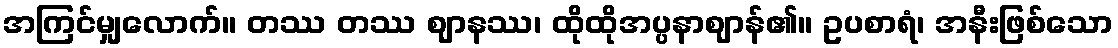
အကြင်မျှလောက်။ တဿ တဿ ဈာနဿ၊ ထိုထိုအပ္ပနာဈာန်၏။ ဥပစာရံ၊ အနီးဖြစ်သော